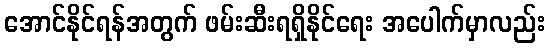
အောင်နိုင်ရန်အတွက် ဖမ်းဆီးရရှိနိုင်ရေး အပေါက်မှာလည်း